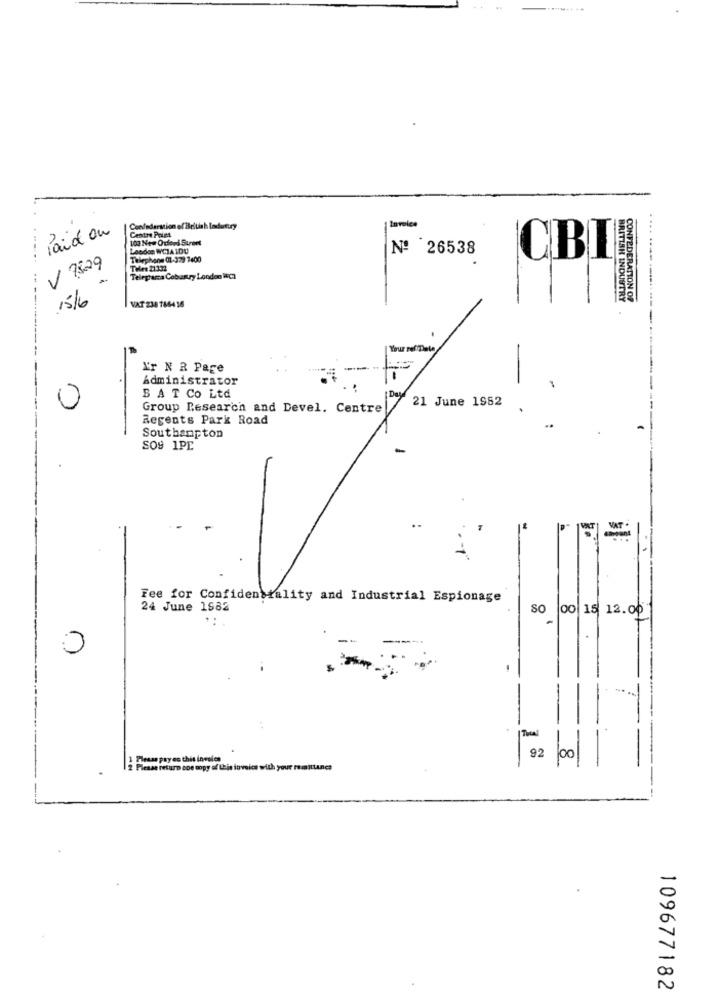
Paid ou
Confederation
Centre Point
100 New Oxford Street
Laoden WCIA IDU
Nº 26538
V 7829
Telephone (1-379 1400
CBI
THles 21331
Telegramca Cebustry London CI
15/h
BRITISH INDUSTRY
CONFEDERATION OF
VAT 238 786436
-
I'r N R Page
Administrator
1-
B AT Co Ltd
21 June 1982
0
Group Research and Devel. Centre!
Regents Park Road
Southampton
SO9 1PE
-
VAT
Fee for Confidenstality and Industrial Espionage
24 June 1982
SO
00 15 12.00
0
IThal
92
----
Pesar pry es this invoice
00
2 Please return one copy of this invoice with your remittance
-
109677182